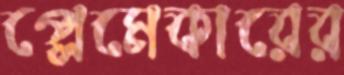
প্লেমেকারের